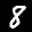
Label: 8